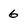
Character: 6